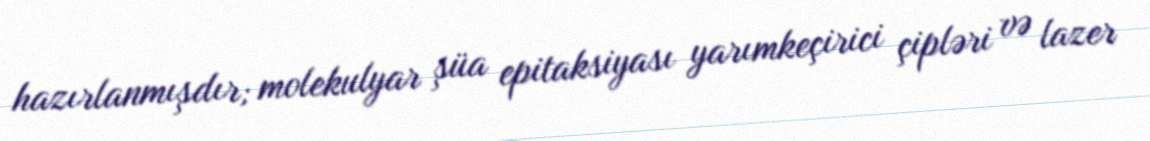
hazırlanmışdır; molekulyar şüa epitaksiyası yarımkeçirici çipləri və lazer